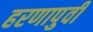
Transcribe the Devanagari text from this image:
हरणापुर्वी